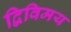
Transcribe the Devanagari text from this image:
द्विविमय